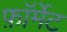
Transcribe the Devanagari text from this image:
फ़ाॅर्मेट